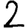
Digit: 2